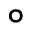
\circ